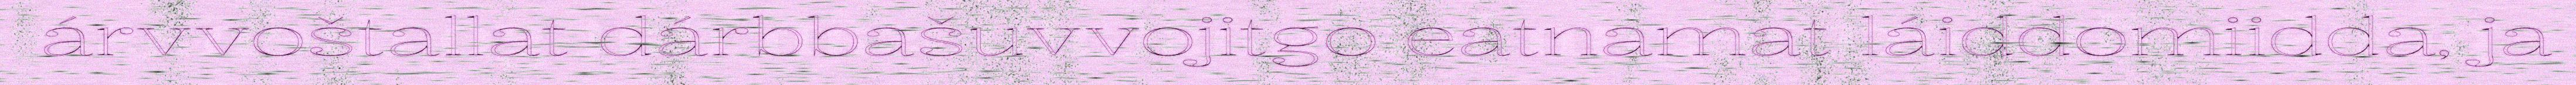
árvvoštallat dárbbašuvvojitgo eatnamat láiddomiidda, ja